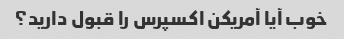
خوب آیا آمریکن اکسپرس را قبول دارید؟